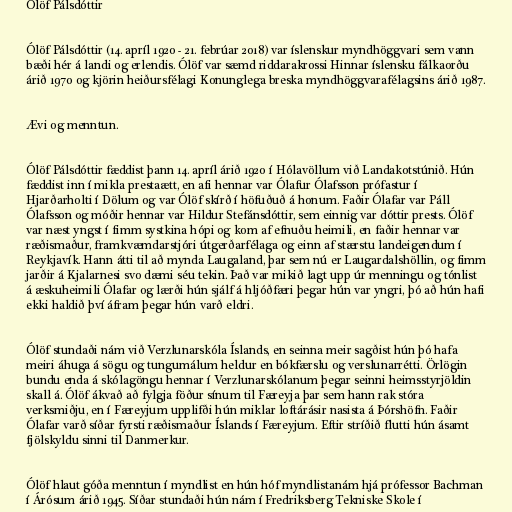
Ólöf Pálsdóttir

Ólöf Pálsdóttir (14. apríl 1920 - 21. febrúar 2018) var íslenskur myndhöggvari sem vann
bæði hér á landi og erlendis. Ólöf var sæmd riddarakrossi Hinnar íslensku fálkaorðu
árið 1970 og kjörin heiðursfélagi Konunglega breska myndhöggvarafélagsins árið 1987.

Ævi og menntun.

Ólöf Pálsdóttir fæddist þann 14. apríl árið 1920 í Hólavöllum við Landakotstúnið. Hún
fæddist inn í mikla prestaætt, en afi hennar var Ólafur Ólafsson prófastur í
Hjarðarholti í Dölum og var Ólöf skírð í höfuðuð á honum. Faðir Ólafar var Páll
Ólafsson og móðir hennar var Hildur Stefánsdóttir, sem einnig var dóttir prests. Ólöf
var næst yngst í fimm systkina hópi og kom af efnuðu heimili, en faðir hennar var
ræðismaður, framkvæmdarstjóri útgerðarfélaga og einn af stærstu landeigendum í
Reykjavík. Hann átti til að mynda Laugaland, þar sem nú er Laugardalshöllin, og fimm
jarðir á Kjalarnesi svo dæmi séu tekin. Það var mikið lagt upp úr menningu og tónlist
á æskuheimili Ólafar og lærði hún sjálf á hljóðfæri þegar hún var yngri, þó að hún hafi
ekki haldið því áfram þegar hún varð eldri.

Ólöf stundaði nám við Verzlunarskóla Íslands, en seinna meir sagðist hún þó hafa
meiri áhuga á sögu og tungumálum heldur en bókfærslu og verslunarrétti. Örlögin
bundu enda á skólagöngu hennar í Verzlunarskólanum þegar seinni heimsstyrjöldin
skall á. Ólöf ákvað að fylgja föður sínum til Færeyja þar sem hann rak stóra
verksmiðju, en í Færeyjum upplifði hún miklar loftárásir nasista á Þórshöfn. Faðir
Ólafar varð síðar fyrsti ræðismaður Íslands í Færeyjum. Eftir stríðið flutti hún ásamt
fjölskyldu sinni til Danmerkur.

Ólöf hlaut góða menntun í myndlist en hún hóf myndlistanám hjá prófessor Bachman
í Árósum árið 1945. Síðar stundaði hún nám í Fredriksberg Tekniske Skole í